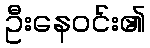
ဦးနေဝင်း၏